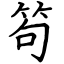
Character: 笱